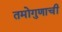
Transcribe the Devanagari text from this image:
तमोगुणाची